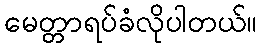
မေတ္တာရပ်ခံလိုပါတယ်။